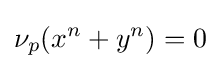
\nu _{p}(x^{n}+y^{n})=0